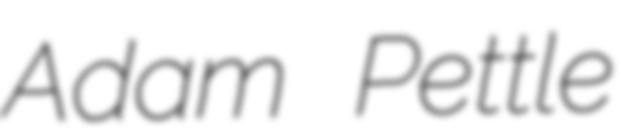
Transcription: Adam Pettle